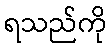
ရသည်ကို